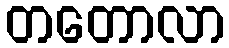
တတောလာ